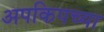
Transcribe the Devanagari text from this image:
अपकिपच्या